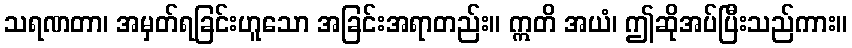
သရဏတာ၊ အမှတ်ရခြင်းဟူသော အခြင်းအရာတည်း။ ဣတိ အယံ၊ ဤဆိုအပ်ပြီးသည်ကား။